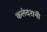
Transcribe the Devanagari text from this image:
कलंदरानी